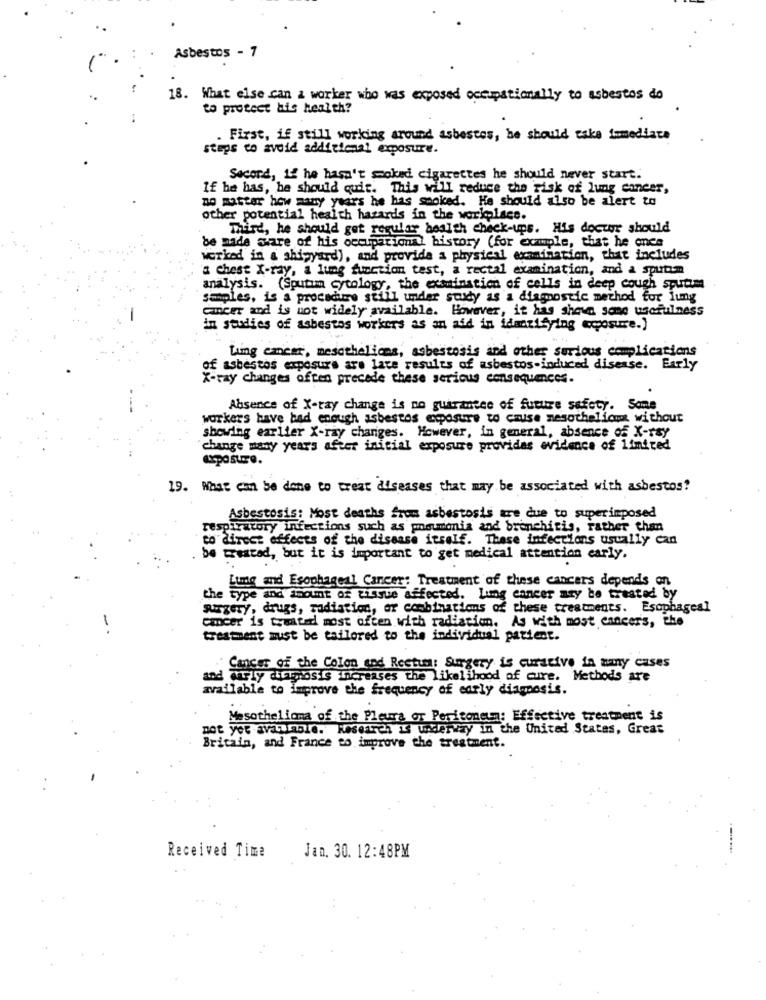
Asbestos - 7
18. What else can a worker who was exposed occupationally to asbestos do
to protect ais health?
. First, if still working around asbestos, he should take immediate
steps to avoid additional exposure.
Second, 12 he hasn't Sokad cigarettes he should never start.
If he has, he should quit. This will reduce the risk of lung cancer,
no matter how many years he has smoked. He should also be alert to
other potential health hazards in the workplace.
Third, he should get regular health check-ups. His doctor should
be made Share of his occupational history (for example, that he once
worked in a shipyard), and provide a physical examination, that includes
a chest X-ray, a lung function test, a rectal examination, and a sputim
analysis. (Sputumn cytology, the examination of cells in deep cough sputum
Samples, is a procedure still under soudy as a diagnostic method for lung
Cancer and is not widely available. However, it has shown some usefulness
in studies of asbestos workers as an aid in identifying exposure.]
Lung cancer, mesothelioma, asbestosis and other serious complications
of asbestos exposure are late results of asbestos-induced disease. Early
X-ray changes often precede these serious consequences.
Absence of X-ray change is no guarantee of future safety. Some
workers have bad enough asbestos exposure to cause nesothelicos without
showing earlier X-ray changes. However, in general, absence of X-ray
change many years after initial exposure provides evidence of limited
19. What can be done to treat diseases that may be associated with asbestos?
Asbestosis: Most deaths from asbestosis are due to superimposed
respiratory infections such as poumonia and bronchitis, rather than
to direct effects of the disease itself. These infections usually can
be treated, but it is important to get medical attention carly.
Lung and Esophageal Cancer: Treatment of these cancers depends on
the type and amount of tissue affected. Lung cancer may be treated by
Surgery, drugs, radiation, or combinations of these treatments. Esophageal
Cancer is treated most often with radiation. As with most cancer's, the
treatment must be tailored to the individual patient.
Cancer of the Colon and Rectum: Surgery is curative in many cases
and darly curThosis Increases the likelihood of cure. Methods are
available to improve the frequency of early diagnosis.
..
Mesothelioma of the Pleura or Peritoneum: Effective treatment is
not yet avacarole. Research Is underway in the United States, Great
Britain, and France to improve the treatment.
Received Time
Jan. 30. 12:48PM